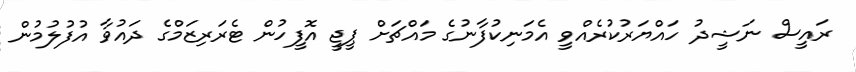
ރައީސް ނަޝީދު ހައްޔަރުކުރެއްވީ އެމަނިކުފާނުގެ މައްޗަށް ޕީޖީ އޮފީހުން ޓެރަރިޒަމްގެ ދައުވާ އުފުލުމުން